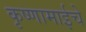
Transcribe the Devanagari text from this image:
कृष्णामाईचे